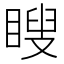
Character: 瞍